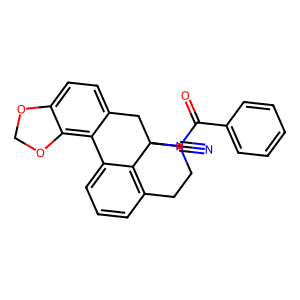
SMILES: N#CC12Cc3ccc4c(c3-c3cccc(c31)CCN2C(=O)c1ccccc1)OCO4
Inhibits HIV replication: No